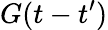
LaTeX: G(t-t^{\prime})